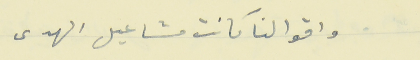
واقوالنا كانت مشاعيل الهدى